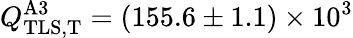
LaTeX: Q_{\mathrm{TLS,T}}^{\mathrm{A3}}=(155.6\pm 1.1)\times 10^{3}